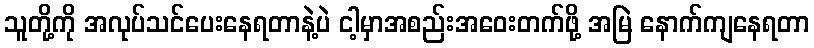
သူတို့ကို အလုပ်သင်ပေးနေရတာနဲ့ပဲ ငါ့မှာအစည်းအဝေးတက်ဖို့ အမြဲ နောက်ကျနေရတာ